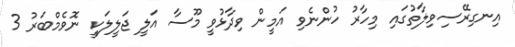
އިނގިރޭސިވިލާތުގައި މިހާރު ހުންނެވި އަމީން ވިދާޅުވީ މޫސާ އަލީ ޖަލީލަކީ ނޮވެމްބަރު 3